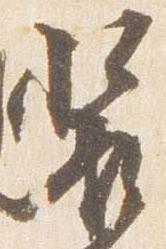
装